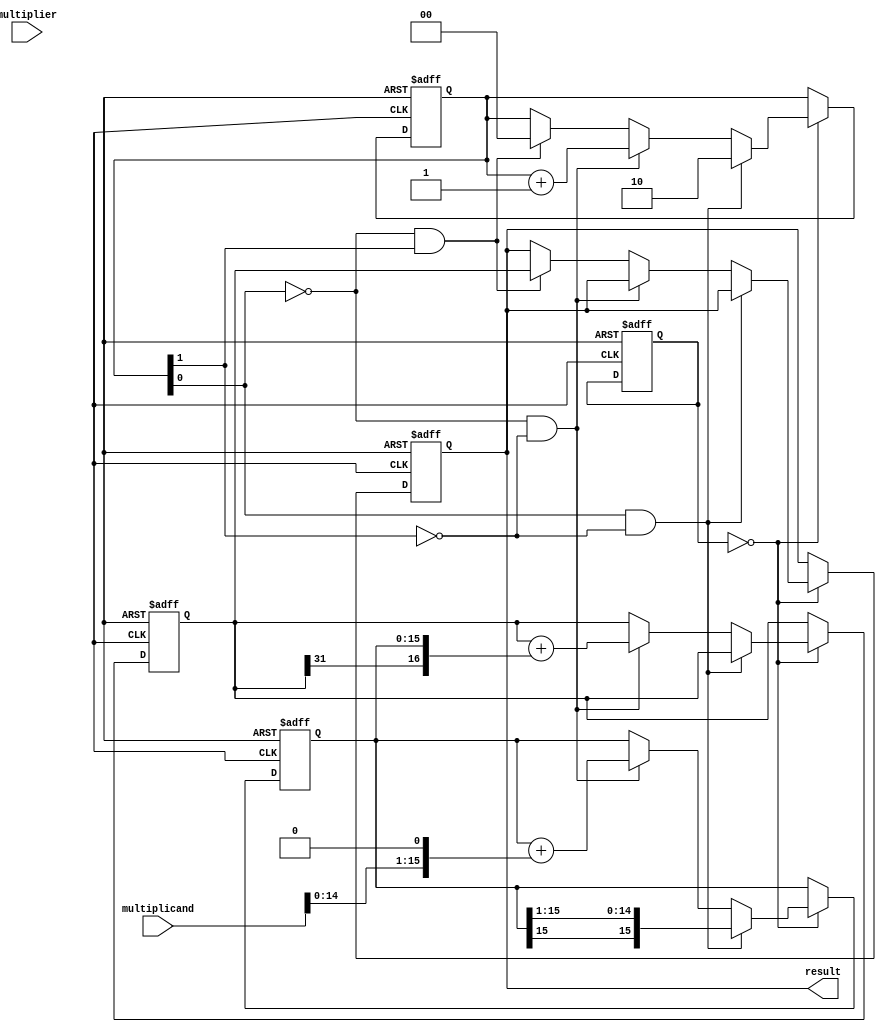
module booth_multiplier (
    input [15:0] multiplicand,
    input [15:0] multiplier,
    output reg [31:0] result
);

reg [15:0] product;
reg [1:0] count;
reg signed [31:0] accumulator;
reg [1:0] state;

always @ (posedge clk or negedge rstn)
begin
    if (~rstn)
    begin
        product <= 16'b0;
        count <= 2'b0;
        accumulator <= 32'b0;
        state <= 2'b0;
        result <= 32'b0;
    end
    else
    begin
        case (state)
            2'b00: begin
                if (count[0] == 1 && count[1] == 0) begin
                    product <= {product[15], product[15:1]};
                    count <= 2'b10;
                end
                else if (count[0] == 0 && count[1] == 0) begin
                    accumulator <= accumulator + {accumulator[31], product};
                    product <= product + (multiplicand << 1);
                    count <= count + 1;
                end
                else if (count[0] == 0 && count[1] == 1) begin
                    count <= 2'b0;
                    result <= accumulator;
                end
            end
        endcase
    end
end

endmodule